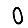
Digit: 0